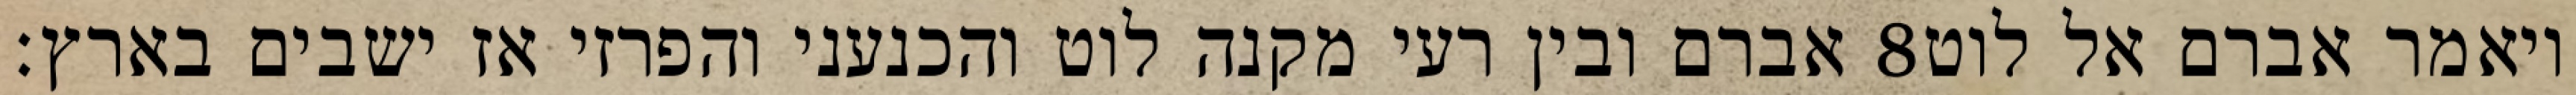
אברם ובין רעי מקנה לוט והכנעני והפרזי אז ישבים בארץ׃ ‎8‏ ויאמר אברם אל לוט